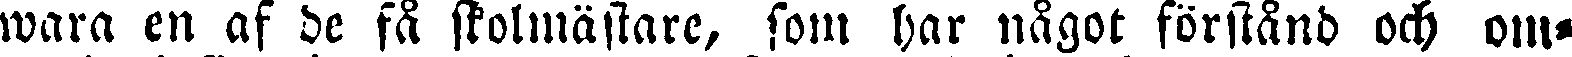
wara en af de få skolmästare, som har något förständ och om-